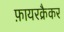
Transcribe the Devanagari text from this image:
फ़ायरक्रैकर